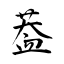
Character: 葢